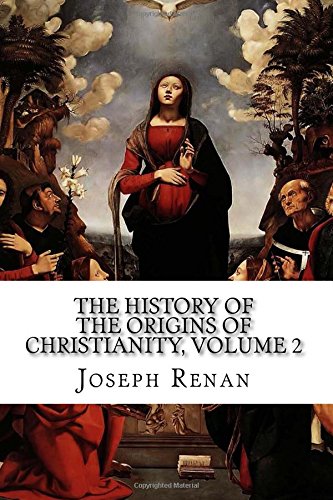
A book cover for The History of the Origins of Christianity, Volume 2: The Apostles, 13th Edition; Joseph Ernest Renan; Christian Books & Bibles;